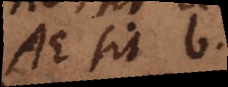
AE sit b.